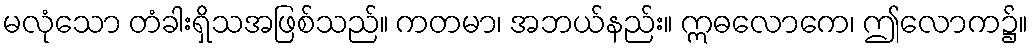
မလုံသော တံခါးရှိသအဖြစ်သည်။ ကတမာ၊ အဘယ်နည်း။ ဣဓလောကေ၊ ဤလောက၌။